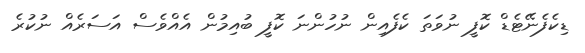
ޑިކެފެނޭޓެޑް ކޮފީ ނުވަތަ ކެފެއިން ނުހުންނަ ކޮފީ ބުއިމުން އެއްވެސް އަސަރެއް ނުކުރެ